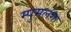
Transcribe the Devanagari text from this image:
म्पुमलंगा